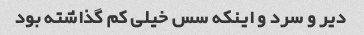
دیر و سرد و اینکه سس خیلى کم گذاشته بود